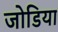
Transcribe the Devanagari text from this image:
जोडिया